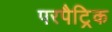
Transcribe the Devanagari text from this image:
परपैट्रिक